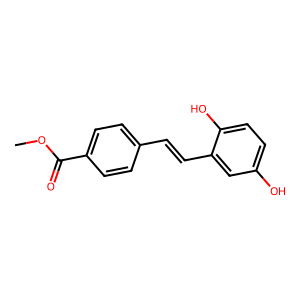
SMILES: COC(=O)c1ccc(C=Cc2cc(O)ccc2O)cc1
Inhibits HIV replication: No